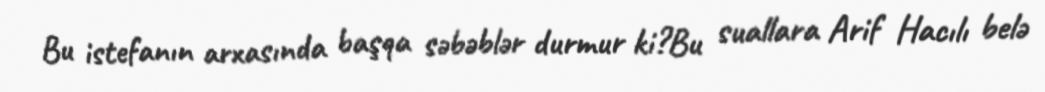
Bu istefanın arxasında başqa səbəblər durmur ki?Bu suallara Arif Hacılı belə